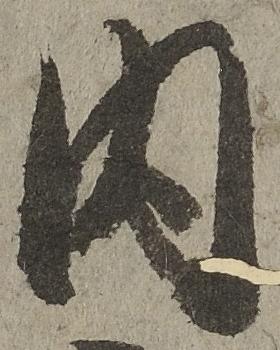
内